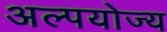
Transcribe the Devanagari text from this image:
अल्पयोज्य